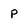
Character: p